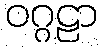
ဝဂ္ဂဠာ